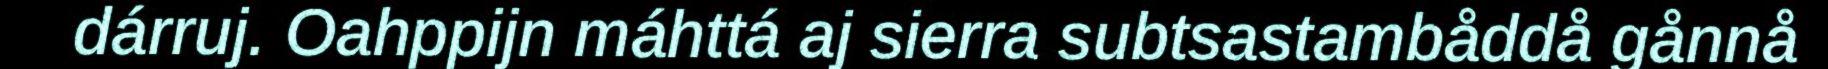
dárruj. Oahppijn máhttá aj sierra subtsastambåddå gånnå